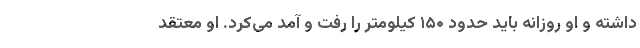
داشته و او روزانه باید حدود ۱۵۰ کیلومتر را رفت و آمد می‌کرد. او معتقد